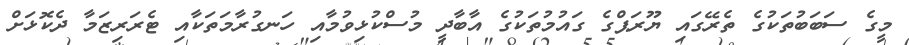
މީގެ ސަބަބުތަކުގެ ތެރޭގައި ޔޫރަޕްގެ ގައުމުތަކުގެ އާބާދީ މުސްކުޅިވުމާއި ހަނގުރާމަތަކާއި ޓެރަރިޒަމާ ދެކޮޅަށް